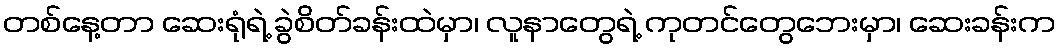
တစ်နေ့တာ ဆေးရုံရဲ့ ခွဲစိတ်ခန်းထဲမှာ၊ လူနာတွေရဲ့ ကုတင်တွေဘေးမှာ၊ ဆေးခန်းက